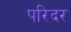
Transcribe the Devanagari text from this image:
परिदर